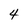
Character: 4